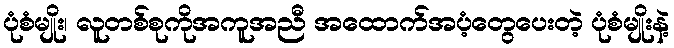
ပုံစံမျိုး၊ လူတစ်စုကိုအကူအညီ အထောက်အပံ့တွေပေးတဲ့ ပုံစံမျိုးနဲ့